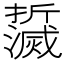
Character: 𤄌